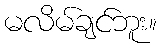
မလိမ်ချင်ဘူး။